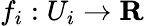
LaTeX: f_{i}:U_{i}\to\mathbf{R}